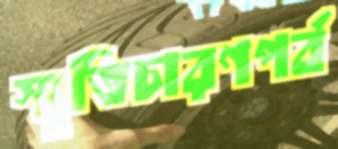
স্মৃতিচারণপর্ব